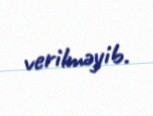
verilməyib.